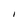
Character: l